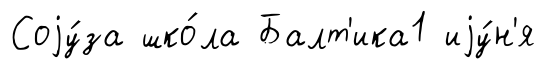
Соjу́за шко́ла Балт'ика1 иjу́н'я